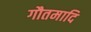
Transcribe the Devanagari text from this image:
गौतमादि